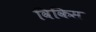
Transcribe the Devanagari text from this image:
विकिस